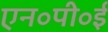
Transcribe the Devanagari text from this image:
एन॰पी॰ई